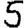
Digit: 5